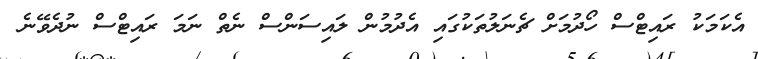
އެކަމަކު ރައިޓްސް ހޯދުމަށް ޗެނަލުތަކުގައި އެދުމުން ލައިސަންސް ނެތް ނަމަ ރައިޓްސް ނުދެވޭނެ